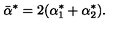
\bar { \alpha } ^ { * } = 2 ( \alpha _ { 1 } ^ { * } + \alpha _ { 2 } ^ { * } ) .